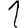
Digit: 1